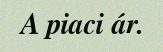
A piaci ár.